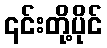
၎င်းတို့ပိုင်